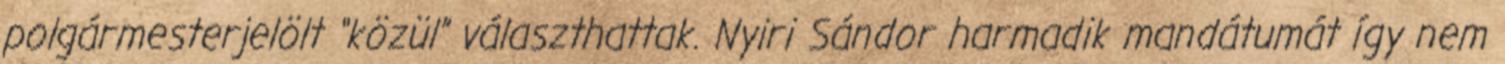
polgármesterjelölt “közül” választhattak. Nyiri Sándor harmadik mandátumát így nem